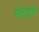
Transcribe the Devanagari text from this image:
मेत्ताग